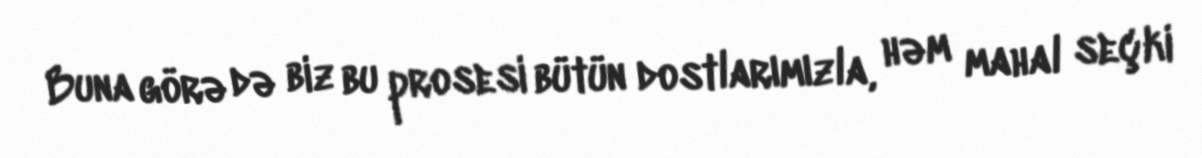
Buna görə də biz bu prosesi bütün dostlarımızla, həm mahal seçki